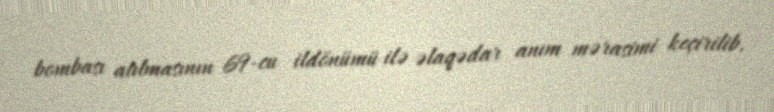
bombası atılmasının 69-cu ildönümü ilə əlaqədar anım mərasimi keçirilib.